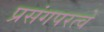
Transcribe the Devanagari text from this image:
प्रसंगपरत्वे